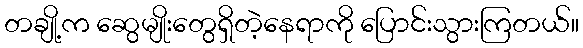
တချို့က ဆွေမျိုးတွေရှိတဲ့နေရာကို ပြောင်းသွားကြတယ်။